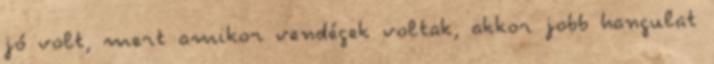
jó volt, mert amikor vendégek voltak, akkor jobb hangulat